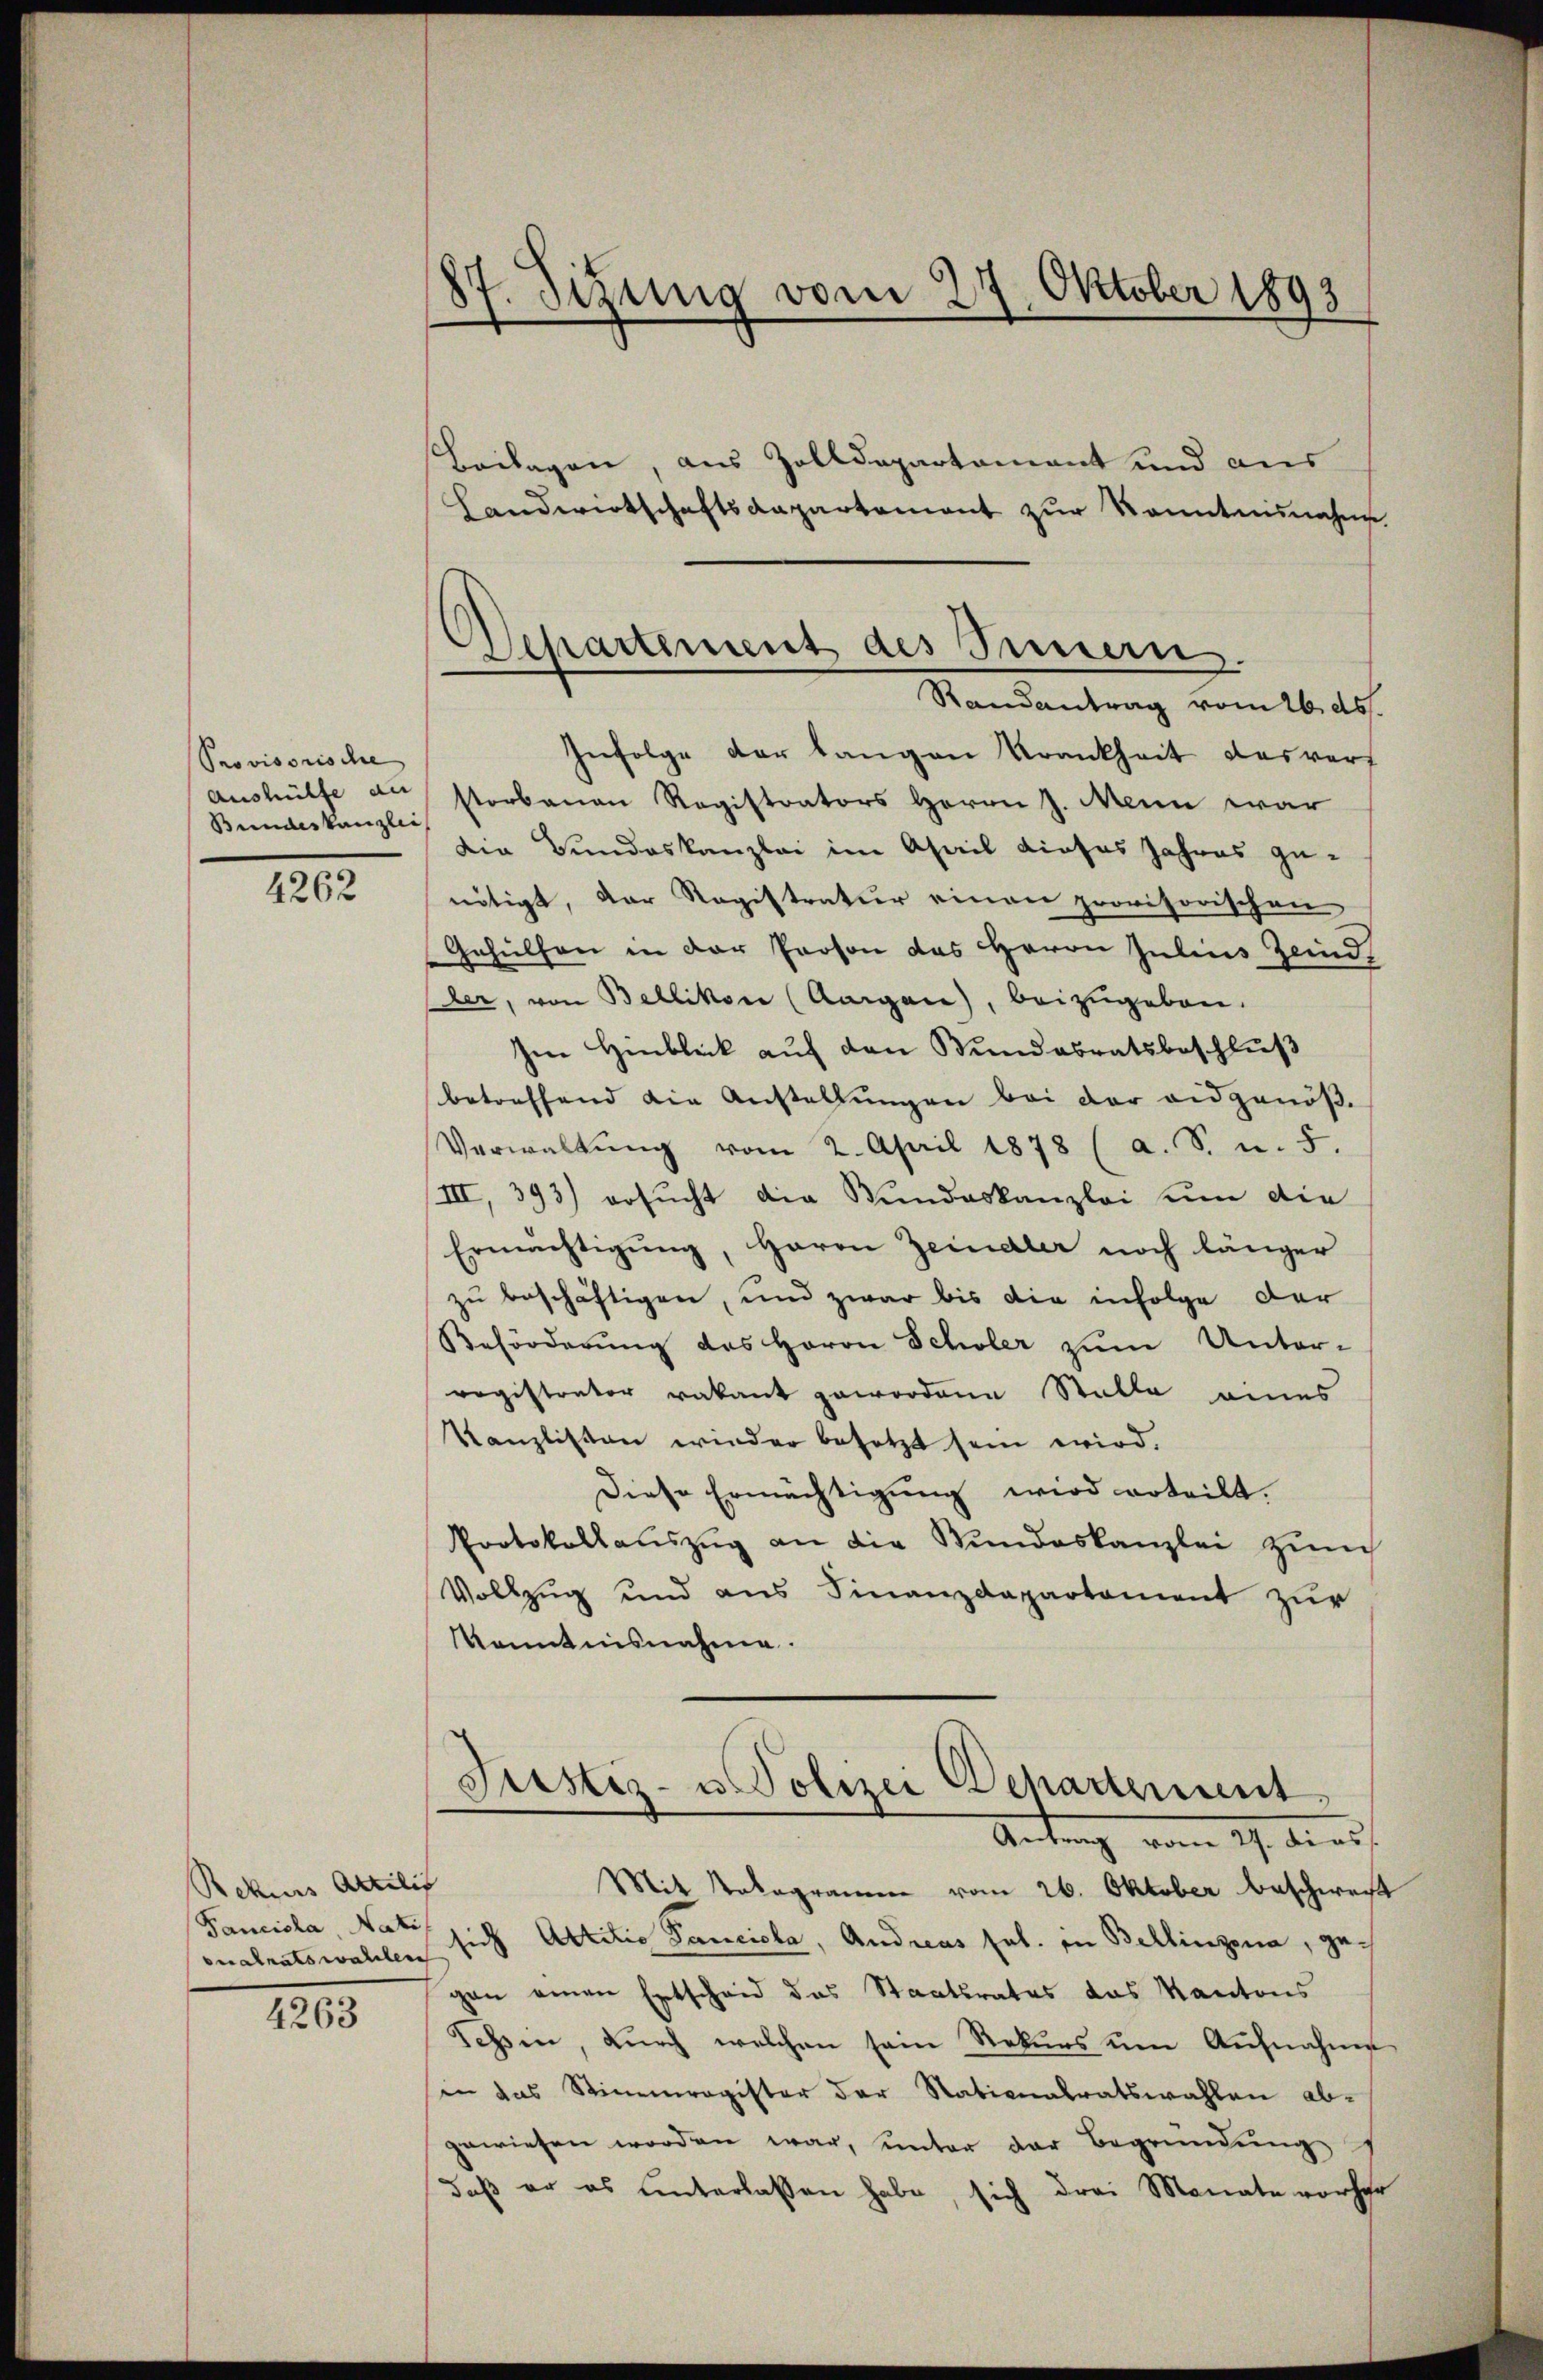
Provisorische
Aushülfe au
Bundeskanzlei

4262

Rekurs Attilis
Fanciola, Nati
onalratswahlen

4263

87. Sitzung vom 27. Oktober 1893

Beilagen, aus Zolldepartamant und aus
Landwirtschaftsdepartement zur Kenntnisnahme.
Infolge der langen Krankheit das vors
storbenen Registrators Herrn J. Mein war
die Bundeskanzlei im Ahail dieses Jahres ge-
nötigt, der Registratur einen provisorischen
Gehülfen in der Person das Herrn Julius Zeind
der, von Bellikon (Aargau), beizugeben.
Im Hinblick auf den Bundesratsbeschluß
betreffend die Anstellungen bei der eidgenöß
Verwaltŭng vom 2. April 1878 (a. S. u. 5.
III, 393) ersucht die Bundeskanzlei um die
Ermächtigung, Herrn Zeindler noch länger
zu beschäftigen, und zwar bis die infolge der
Beförderung des Herrn Scholer zum Unter-
registrator vakant gewordene Stalle eines
Kanzlisten wieder besetzt sein wird,
Diese Ermächtigung wird erteilt.
Protokollaŭszŭg an die Bundeskanzlei zum
Vollzug und aus Finanzdepartament zur
Kenntnisnahme.
Justiz- u Polizei Departement
Antrag vom 27. dies
Mit Rekogramm vom 26. Oktober beschwer
sich Attilio Sanciola, Andreas sel. in Bellinzona, gegen einen Entscheid das Staatsrates das Kantons
Tessin, durch welchen sein Rekŭrs ŭm Aŭfnahme
in das Stimmregister der Nationalratswahlen abgewiesen worden war, ŭnter der Begründŭng
daß er es unterlassen habe, sich drei Monate vorher

Departement des Innern.
Randantrag vom 26. ds.